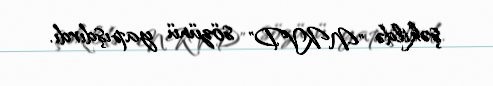
şəkildə "NKVD" sözünü yapışdırdı.